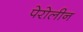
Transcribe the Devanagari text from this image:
पेरोलीन